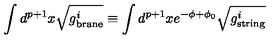
\int d ^ { p + 1 } x \sqrt { g _ { \mathrm { \scriptsize b r a n e } } ^ { i } } \equiv \int d ^ { p + 1 } x e ^ { - \phi + \phi _ { 0 } } \sqrt { g _ { \mathrm { \scriptsize s t r i n g } } ^ { i } }